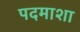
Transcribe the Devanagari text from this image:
पदमाशा